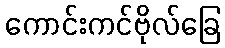
ကောင်းကင်ဗိုလ်ခြေ